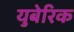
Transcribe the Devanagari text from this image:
युबेरिक